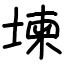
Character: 堜